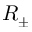
R _ { \pm }